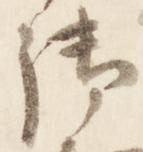
御